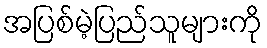
အပြစ်မဲ့ပြည်သူများကို